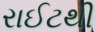
રાઈટથી